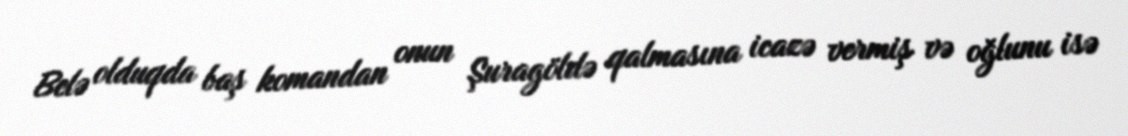
Belə olduqda baş komandan onun Şuragöldə qalmasına icazə vermiş və oğlunu isə